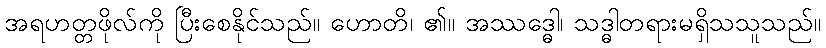
အရဟတ္တဖိုလ်ကို ပြီးစေနိုင်သည်။ ဟောတိ၊ ၏။ အဿဒ္ဓေါ၊ သဒ္ဓါတရားမရှိသသူသည်။